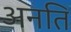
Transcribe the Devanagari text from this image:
अनति